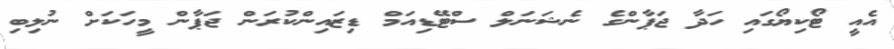
އެއީ ޓޯކިޔޯގައި ހަދާ ޖަޕާންގެ ނެޝަނަލް ސްޓޭޑިއަމް ޑިޒައިންކުރަން ޖަޕާން މީހަކަށް ނުލިބި